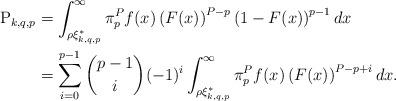
LaTeX: \begin{align*}\mathrm{P}_{k,q,p} & = \int_{\rho\xi^*_{k,q,p} }^{\infty} \pi_p^Pf(x) \left(F(x) \right)^{P-p} \left(1-F (x) \right)^{p-1}dx\\ & = \sum^{p-1}_{i=0}{p-1 \choose i} (-1)^i \int_{\rho\xi^*_{k,q,p} }^{\infty} \pi_p^Pf(x) \left(F(x) \right)^{P-p+i} dx.\end{align*}